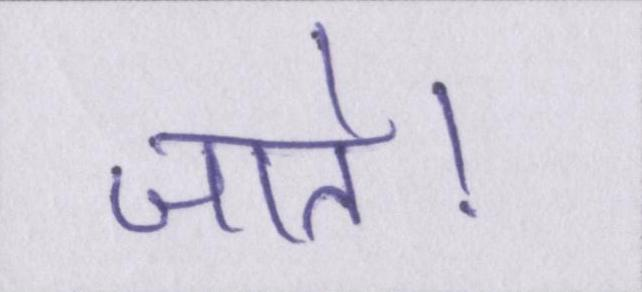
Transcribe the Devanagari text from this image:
जाते।